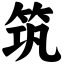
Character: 筑